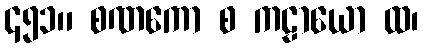
၄၅၁။ စဏကော စ ကဠာယော ထ၊